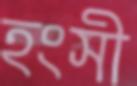
হংসী